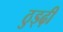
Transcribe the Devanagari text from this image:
ठुड्ढ़ी